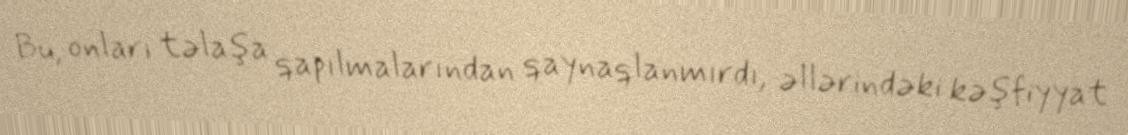
Bu, onları təlaşa qapılmalarından qaynaqlanmırdı, əllərindəki kəşfiyyat